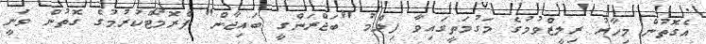
އެގޮތުން މިހާރު ރިލީޒްވުމުގެ މަގުމަތީގައިވާ ފިލްމު "ބަޖްރަންގީ ބައިޖާން" ޕްރޮމޯޓްކުރުމުގެ ގޮތުން ވަނީ